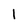
Character: 1